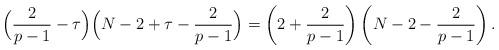
LaTeX: \begin{align*}\Big(\frac{2}{p-1}-\tau\Big)\Big(N-2+\tau-\frac{2}{p-1}\Big)= \left(2+ \frac{2}{p-1}\right)\left(N-2-\frac{2}{p-1}\right).\end{align*}